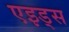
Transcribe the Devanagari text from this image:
एइड्स